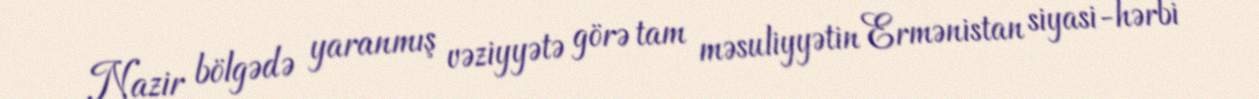
Nazir bölgədə yaranmış vəziyyətə görə tam məsuliyyətin Ermənistan siyasi-hərbi